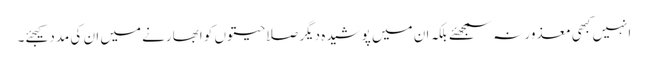
انہیں کبھی معذور نہ سمجھئے بلکہ ان میں پوشیدہ دیگر صلاحیتوں کو ابھارنے میں ان کی مدد کیجئے۔